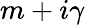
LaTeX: m+i\gamma